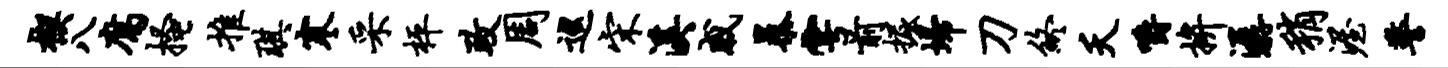
楔八腐搔推琪寒采枰政周巡宋溪戚暴雩前掘埽刀终夭嚼拚潺稍渥警